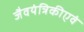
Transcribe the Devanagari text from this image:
जैवयंत्रिकीएवं